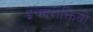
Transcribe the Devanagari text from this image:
इच्छाशक्तियों